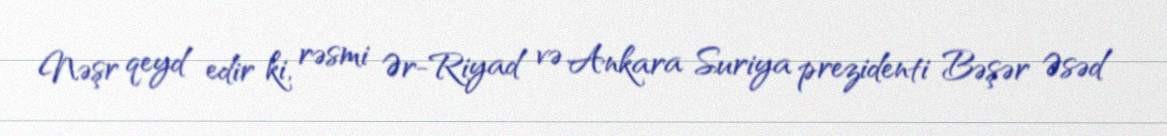
Nəşr qeyd edir ki, rəsmi Ər-Riyad və Ankara Suriya prezidenti Bəşər Əsəd